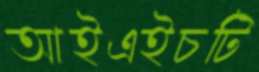
আইএইচটি